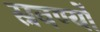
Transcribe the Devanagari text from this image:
स्रवर्ण्यो